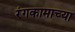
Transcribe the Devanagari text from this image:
रंगकामाच्या